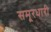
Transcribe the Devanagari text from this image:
समूरधारी